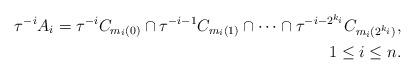
LaTeX: \begin{align*} \tau^{-i}A_i=\tau^{-i}C_{m_i(0)}\cap\tau^{-i-1}C_{m_i(1)}\cap\dots\cap\tau^{-i-2^{k_i}}C_{m_i(2^{k_i})},\\ 1\le i\le n.\end{align*}